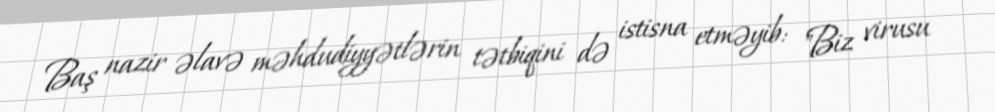
Baş nazir əlavə məhdudiyyətlərin tətbiqini də istisna etməyib: "Biz virusu